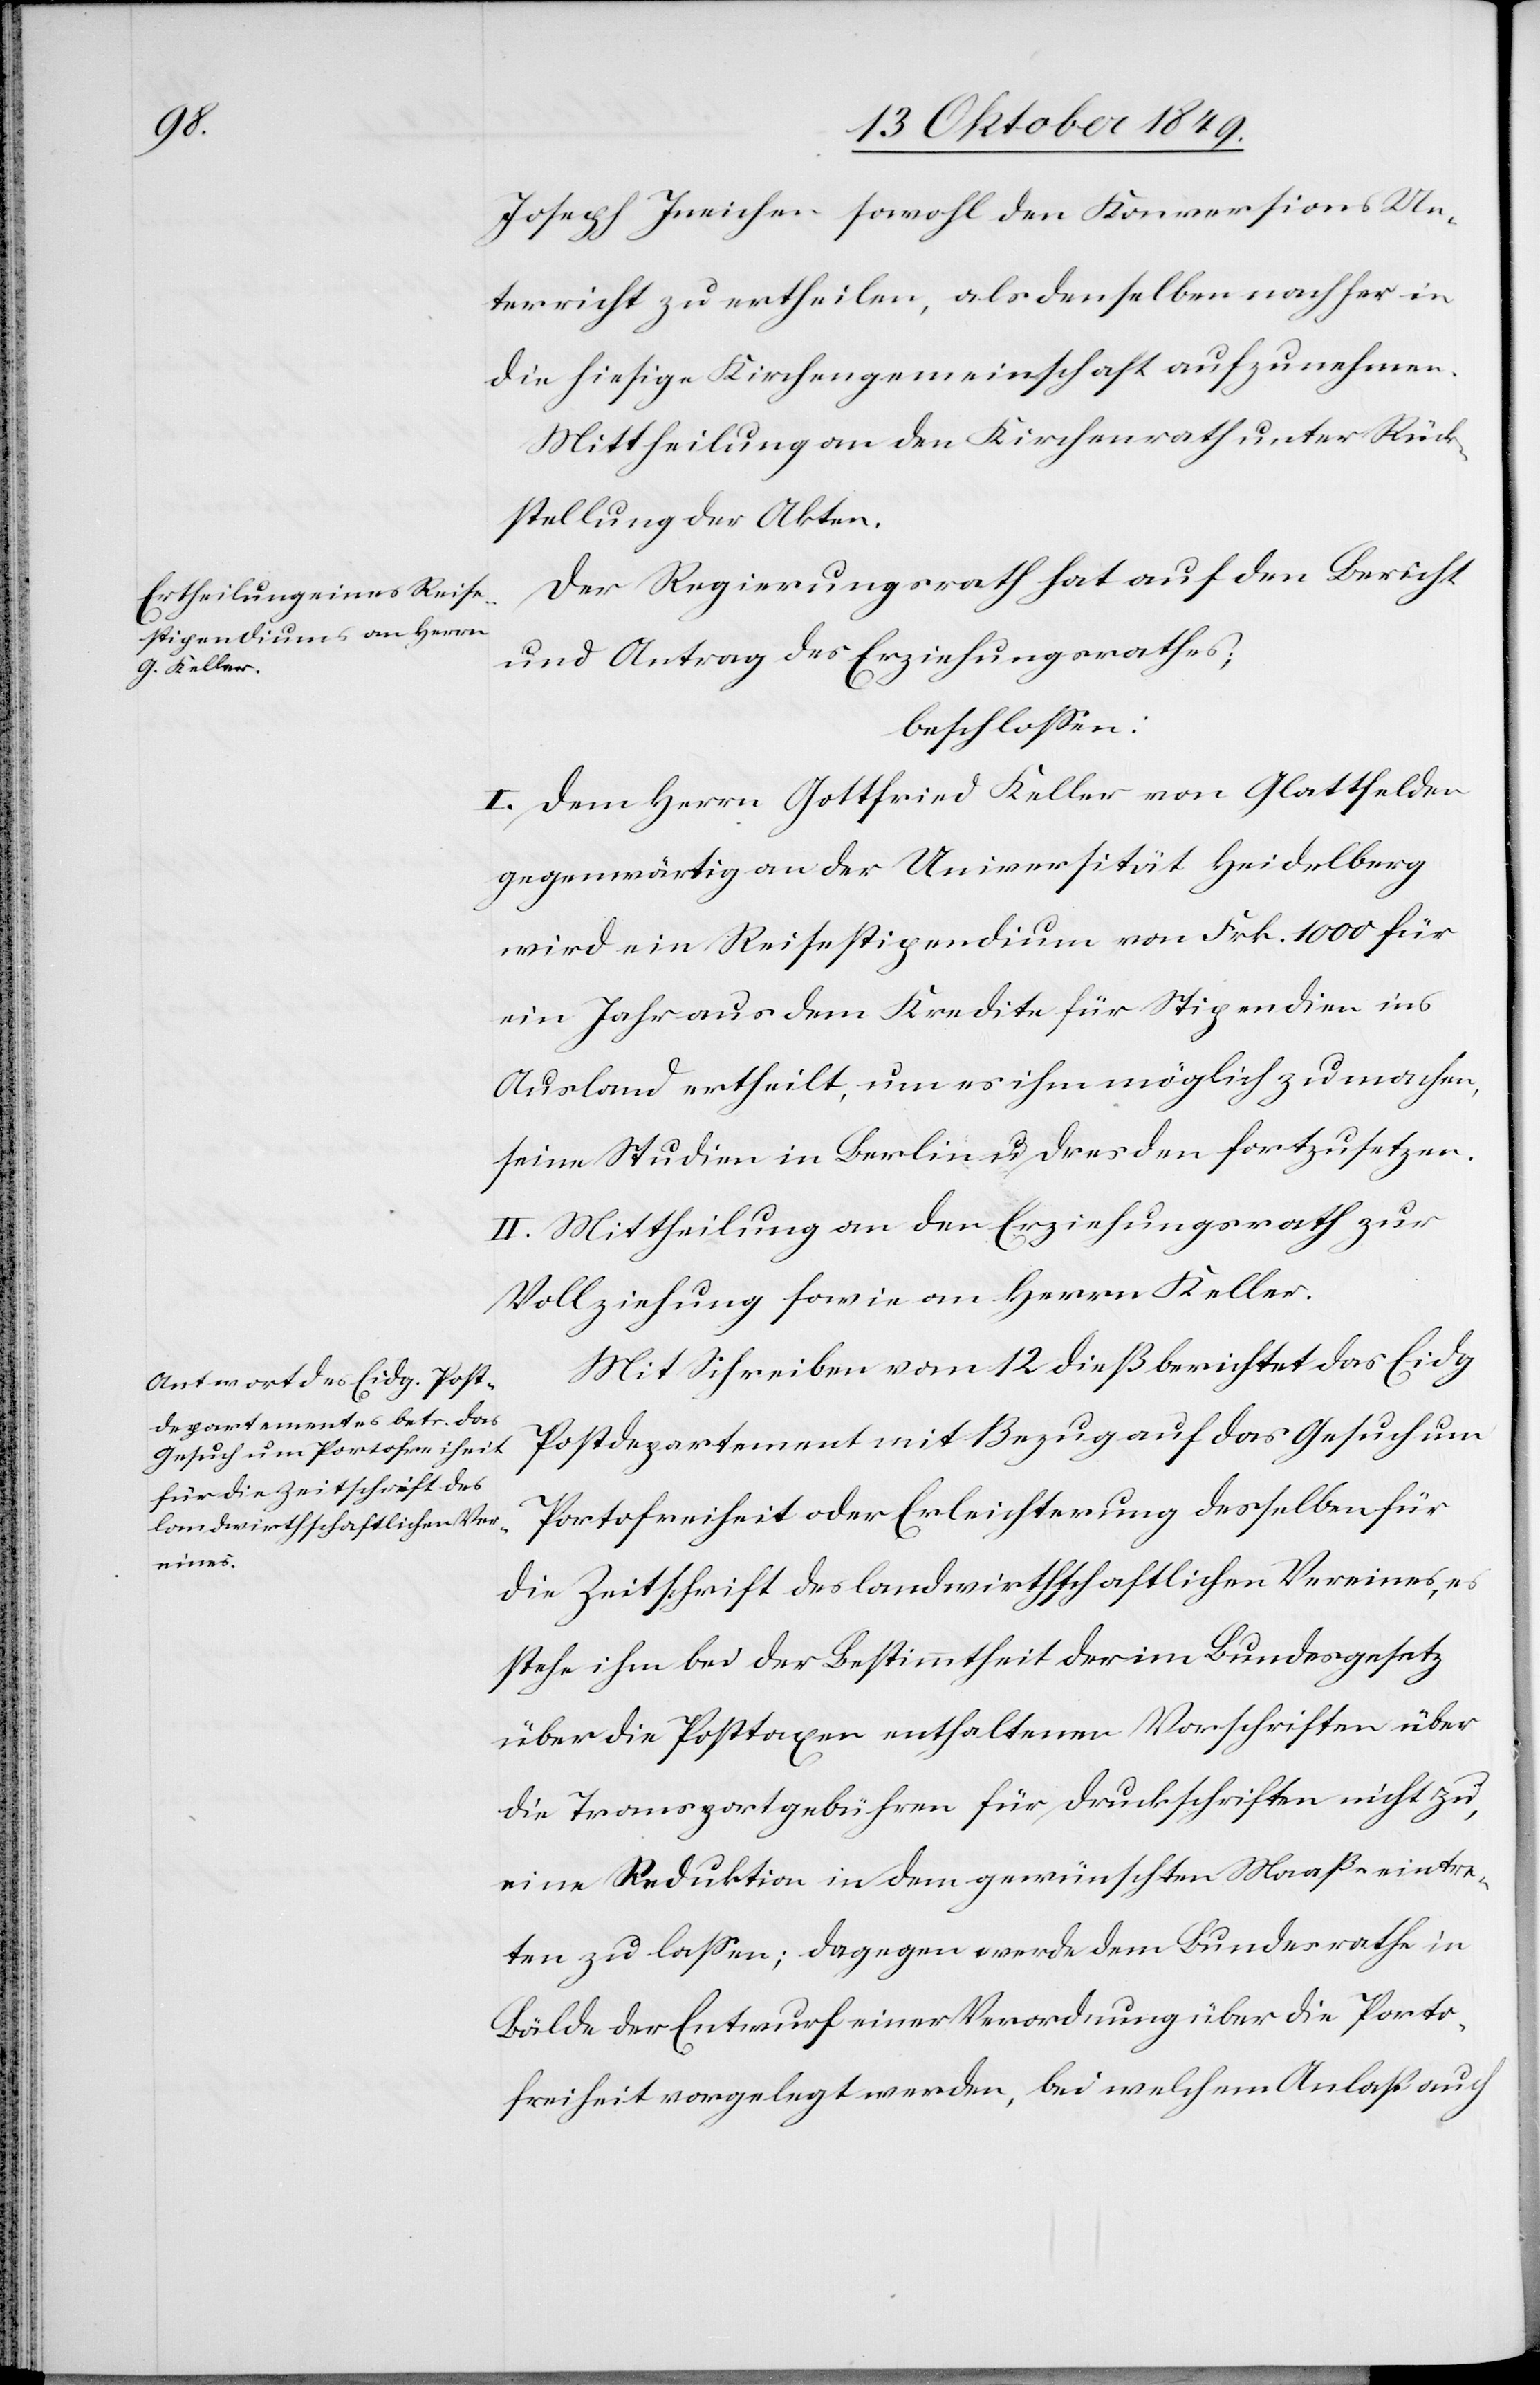
Joseph Ineichen sowohl den Konversions Un¬
terricht zu ertheilen, als denselben nachher in
die hiesige Kirchengemeinschaft aufzunehmen.
Mittheilung an den Kirchenrath unter Rück¬
stellung der Akten.
Der Regierungsrath hat auf den Bericht
und Antrag des Erziehungsrathes;
beschloßen:
I. Dem Herrn Gottfried Keller von Glattfelden
gegenwärtig an der Universität Heidelberg
wird ein Reisestipendium von Frk. 1000 für
ein Jahr aus dem Kredite für Stipendien ins
Ausland ertheilt, um es ihm möglich zu machen,
seine Studien in Berlin u. Dresden fortzusetzen.
II. Mittheilung an den Erziehungsrath zur
Vollziehung sowie an Herrn Keller.
Mit Schreiben vom 12 dieß berichet das Eidg.
Postdepartement mit Bezug auf das Gesuch um
Portofreiheit oder Erleichterung desselben für
die Zeitschrift des landwirthschaftlichen Vereines, es
stehe ihm bei der Bestimmtheit der im Bundesgesetz
über die Posttaxen enthaltenen Vorschriften über
die Transportgebühren für Druckschriften nicht zu,
eine Reduktion in dem gewünschten Maaße eintre¬
ten zu laßen; dagegen werde dem Bundesrathe in
Bälde der Entwurf einer Verordnung über die Porto¬
freiheit vorgelegt werden, bei welchem Anlaß auch